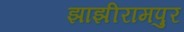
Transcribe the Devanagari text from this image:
झाझीरामपुर